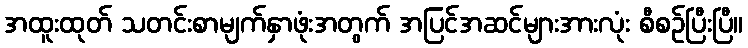
အထူးထုတ် သတင်းစာမျက်နှာဖုံးအတွက် အပြင်အဆင်များအားလုံး စီစဉ်ပြီးပြီ။